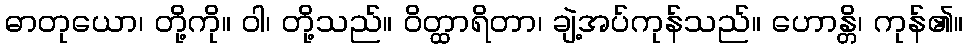
ဓာတုယော၊ တို့ကို။ ဝါ၊ တို့သည်။ ဝိတ္ထာရိတာ၊ ချဲ့အပ်ကုန်သည်။ ဟောန္တိ၊ ကုန်၏။